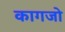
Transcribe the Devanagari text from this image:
कागजो